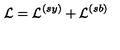
{ \cal L } = { \cal L } ^ { ( s y ) } + { \cal L } ^ { ( s b ) }